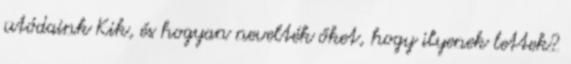
utódaink Kik, és hogyan nevelték őket, hogy ilyenek lettek?